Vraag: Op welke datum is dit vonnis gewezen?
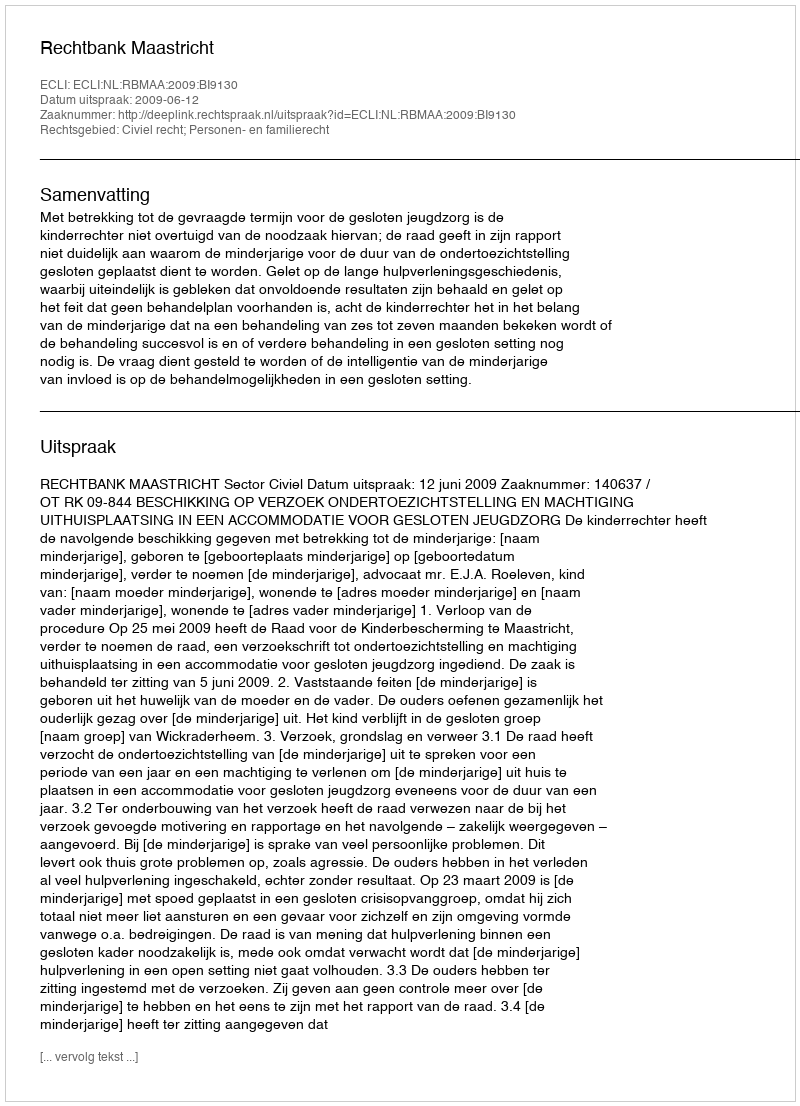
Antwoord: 2009-06-12